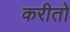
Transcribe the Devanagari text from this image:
करीतो